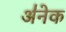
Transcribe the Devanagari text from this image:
अ॑नेक